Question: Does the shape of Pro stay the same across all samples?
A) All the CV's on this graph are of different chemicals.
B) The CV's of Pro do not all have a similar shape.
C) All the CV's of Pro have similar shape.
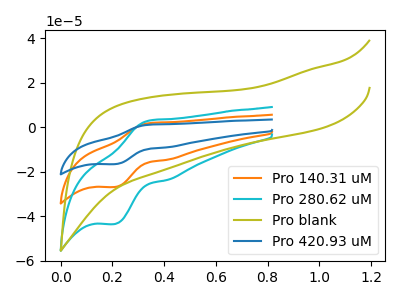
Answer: <think>The orange curve "Pro 140.31 uM" has an anodic peak at (0.35V, 1.90uA) and a cathodic peak at (0.20V, -26.85uA). The cyan curve "Pro 280.62 uM" has an anodic peak at (0.35V, 3.05uA) and a cathodic peak at (0.20V, -43.50uA). The olive curve "Pro blank" has no peaks. The blue curve "Pro 420.93 uM" has an anodic peak at (0.35V, 3.80uA) and a cathodic peak at (0.20V, -53.75uA).
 All the peaks in "Pro 140.31 uM" have a peak in "Pro 280.62 uM" at the same potential. Every peak in "Pro 140.31 uM" is lower than every peak in "Pro 280.62 uM". "Pro 140.31 uM" and "Pro blank" have a different number of peaks. All the peaks in "Pro 140.31 uM" have a peak in "Pro 420.93 uM" at the same potential. Every peak in "Pro 140.31 uM" is lower than every peak in "Pro 420.93 uM". "Pro 280.62 uM" and "Pro blank" have a different number of peaks. All the peaks in "Pro 280.62 uM" have a peak in "Pro 420.93 uM" at the same potential. Every peak in "Pro 280.62 uM" is lower than every peak in "Pro 420.93 uM". "Pro blank" and "Pro 420.93 uM" have a different number of peaks.</think>
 <answer>C) All the CV's of "Pro" have similar shape.</answer>
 <eval>C</eval>